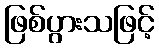
ဖြစ်ပွားသဖြင့်